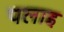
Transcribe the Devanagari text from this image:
पलाइ